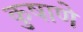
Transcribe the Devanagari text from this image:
कुषाणे